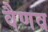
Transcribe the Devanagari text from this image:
वैणव